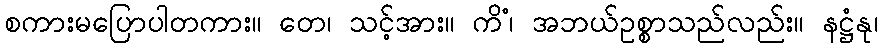
စကားမပြောပါတကား။ တေ၊ သင့်အား။ ကိံ၊ အဘယ်ဥစ္စာသည်လည်း။ နဋ္ဌံနု၊